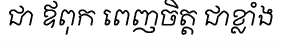
ជា ឪពុក ពេញចិត្ត ជាខ្លាំង